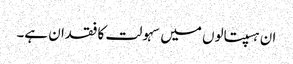
ان ہسپتالوں میں سہولت کا فقدان ہے۔